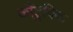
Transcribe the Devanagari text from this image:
कौंटुबिक